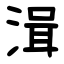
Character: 湒